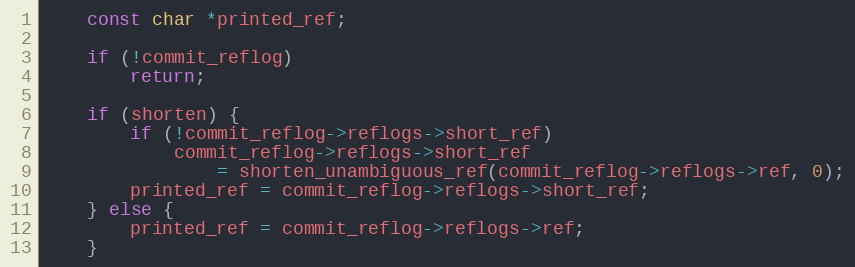
Language: C
	const char *printed_ref;

	if (!commit_reflog)
		return;

	if (shorten) {
		if (!commit_reflog->reflogs->short_ref)
			commit_reflog->reflogs->short_ref
				= shorten_unambiguous_ref(commit_reflog->reflogs->ref, 0);
		printed_ref = commit_reflog->reflogs->short_ref;
	} else {
		printed_ref = commit_reflog->reflogs->ref;
	}